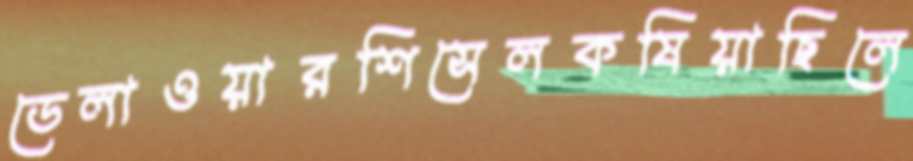
ডেলাওয়ারশিসেলকষিয়াছিলে